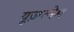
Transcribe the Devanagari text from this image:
यूज़रनेम